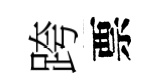
跨票